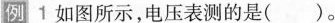
例1如图所示，电压表测的是()。